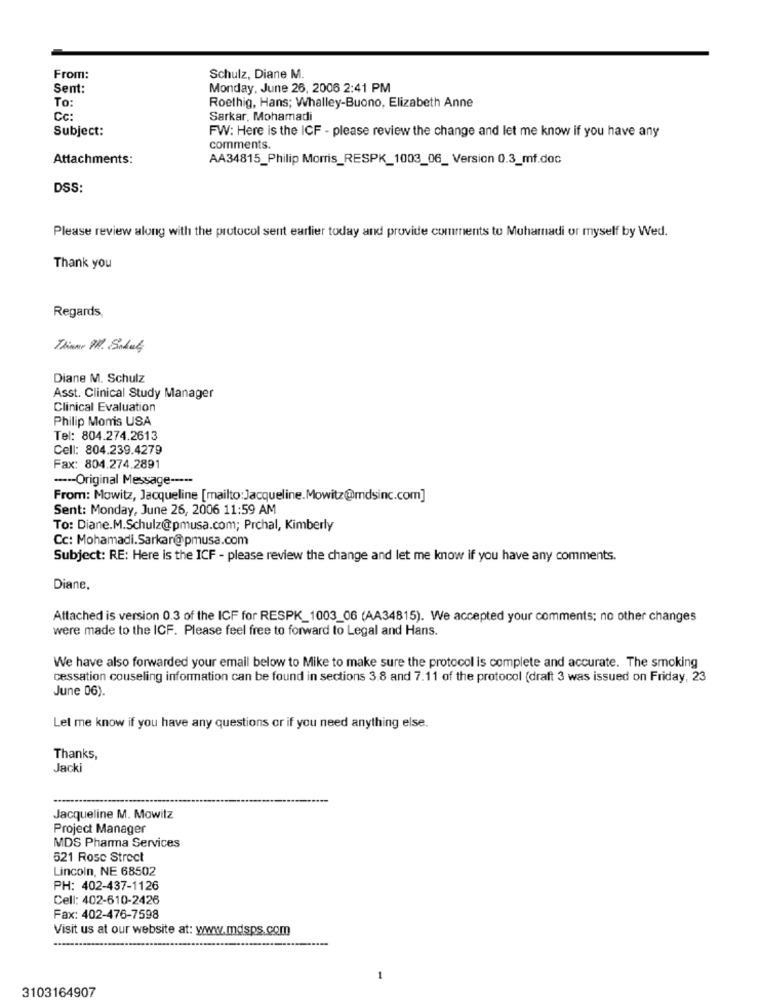
From:
Schulz, Diane M.
Sent:
Monday, June 26, 2006 2:41 PM
To:
Roethig, Hans; Whalley-Buono, Elizabeth Anne
Cc:
Sarkar, Mohamadi
Subject:
FW: Here is the ICF - please review the change and let me know if you have any
comments.
Attachments:
AA34815_Philip Morris_RESPK_1003_06_ Version 0.3_mf.doc
DSS:
Please review along with the protocol sent earlier today and provide comments to Mohammadi or myself by Wed.
Thank you
Regards,
Thier MM. Sidul
Diane M. Schulz
Asst. Clinical Study Manager
Clinical Evaluation
Philip Morris USA
Tel: 804.274.2613
Cell: 804.239.4279
Fax: 804.274.2891
--- Original Message -----
From: Mowitz, Jacqueline [mailto:Jacqueline.Mowitz@mdsinc.com]
Sent: Monday, June 26, 2006 11:59 AM
To: Diane.M.Schulz@pmusa.com; Prchal, Kimberly
Cc: Mohamadi.Sarkar@pmusa.com
Subject: RE: Here is the ICF - please review the change and let me know if you have any comments.
Diane.
Attached is version 0.3 of the ICF for RESPK_1003_06 (AA34815). We accepted your comments; no other changes
were made to the ICF. Please feel free to forward to Legal and Hans.
We have also forwarded your email below to Mike to make sure the protocol is complete and accurate. The smoking
cessation couseling information can be found in sections 3.8 and 7.11 of the protocol (draft 3 was issued on Friday, 23
June 06).
Let me know if you have any questions or if you need anything else.
Thanks,
Jacki
...........
Jacqueline M. Mowitz
Project Manager
MDS Pharma Services
521 Rosc Strect
Lincoln, NE 68502
PH: 402-437-1126
Cell: 402-610-2426
Fax: 402-476-7598
Visit us at our website at: www.mdsps.com
-
3103164907